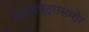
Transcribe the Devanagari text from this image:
महाराष्ट्रासमोर